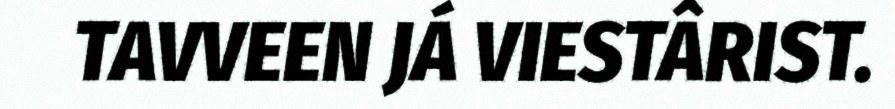
TAVVEEN JÁ VIESTÂRIST.